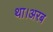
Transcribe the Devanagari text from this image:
था।अरब